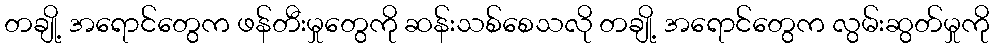
တချို့ အရောင်တွေက ဖန်တီးမှုတွေကို ဆန်းသစ်စေသလို တချို့ အရောင်တွေက လွမ်းဆွတ်မှုကို